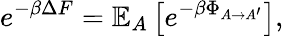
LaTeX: e^{-\beta\Delta F}=\mathbb{E}_{A}\left[e^{-\beta\Phi_{A\rightarrow A^{\prime}}}\right],